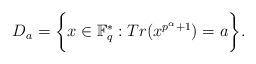
LaTeX: \begin{align*} D_{a}=\biggl\lbrace x\in \mathbb{F}_{q}^{*} : Tr(x^{p^{\alpha}+1}) =a\biggr\rbrace. \end{align*}